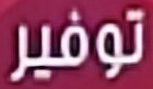
توفير